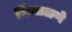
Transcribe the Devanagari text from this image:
किंचाळणे